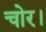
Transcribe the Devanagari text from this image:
चोर।